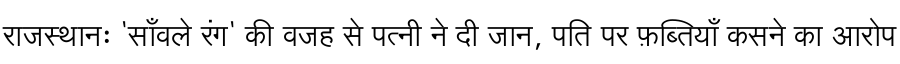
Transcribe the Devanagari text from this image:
राजस्थानः 'साँवले रंग' की वजह से पत्नी ने दी जान, पति पर फ़ब्तियाँ कसने का आरोप